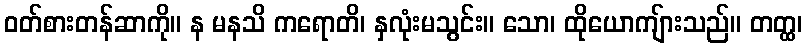
ဝတ်စားတန်ဆာကို။ န မနသိ ကရောတိ၊ နှလုံးမသွင်း။ သော၊ ထိုယောကျ်ားသည်။ တတ္ထ၊